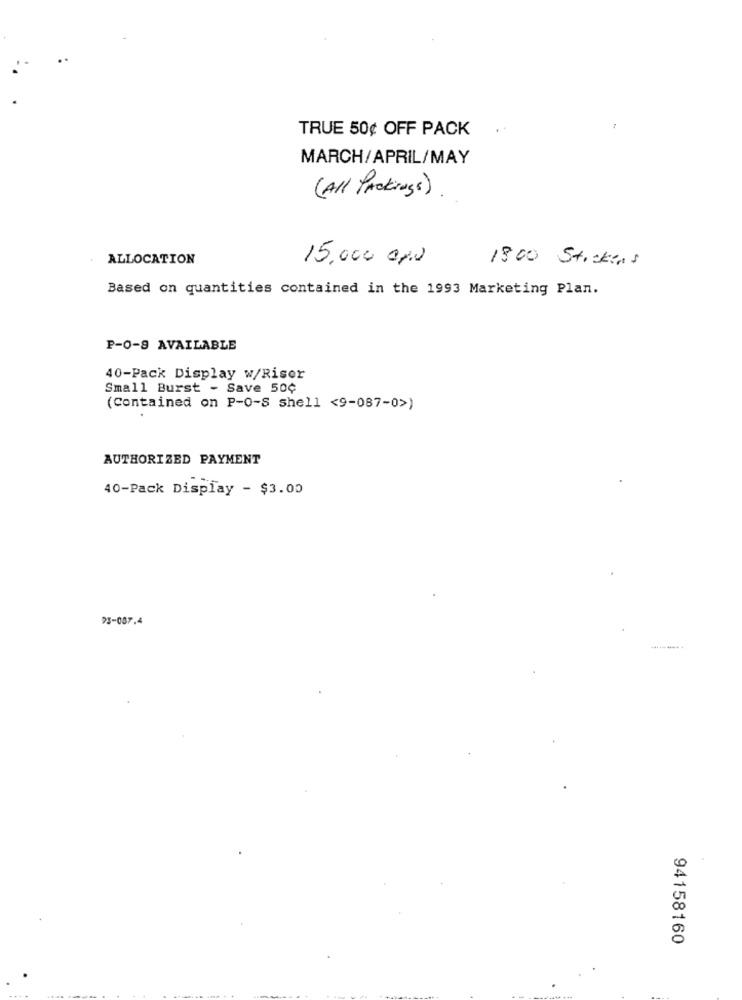
TRUE 50¢ OFF PACK
MARCH/APRIL/MAY
(All Packings)
ALLOCATION
15.000 apu
1800 Stickens
Based on quantities contained in the 1993 Marketing Plan.
P-0-9 AVAILABLE
40-Pack Display w/Riser
Small Burst - Save 50¢
(Contained on P-0-S shell <9-087-0>)
AUTHORIZED PAYMENT
40-Pack Display - $3.00
93-087.4
94158160